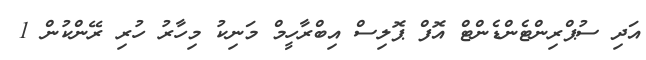
އަދި ސުޕްރިންޓެންޑެންޓް އޮފް ޕޮލިސް އިބްރާހީމް މަނިކު މިހާރު ހުރި ރޭންކުން 1